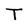
Character: T